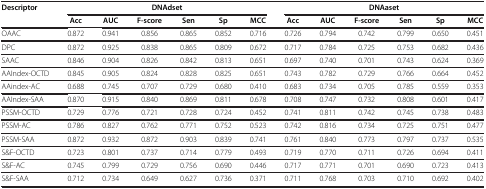
<table><thead><tr><td><b>Descriptor</b></td><td colspan="6"><b>DNAdset</b></td><td colspan="6"><b>DNAaset</b></td></tr><tr><td><b> </b></td><td><b>Acc</b></td><td><b>AUC</b></td><td><b>F-score</b></td><td><b>Sen</b></td><td><b>Sp</b></td><td><b>MCC</b></td><td><b>Acc</b></td><td><b>AUC</b></td><td><b>F-score</b></td><td><b>Sen</b></td><td><b>Sp</b></td><td><b>MCC</b></td></tr></thead><tbody><tr><td>OAAC</td><td>0.872</td><td>0.941</td><td>0.856</td><td>0.865</td><td>0.852</td><td>0.716</td><td>0.726</td><td>0.794</td><td>0.742</td><td>0.799</td><td>0.650</td><td>0.451</td></tr><tr><td>DPC</td><td>0.872</td><td>0.925</td><td>0.838</td><td>0.865</td><td>0.809</td><td>0.672</td><td>0.717</td><td>0.784</td><td>0.725</td><td>0.753</td><td>0.682</td><td>0.436</td></tr><tr><td>SAAC</td><td>0.846</td><td>0.904</td><td>0.826</td><td>0.842</td><td>0.813</td><td>0.651</td><td>0.697</td><td>0.740</td><td>0.701</td><td>0.743</td><td>0.624</td><td>0.369</td></tr><tr><td>AAIndex-OCTD</td><td>0.845</td><td>0.905</td><td>0.824</td><td>0.828</td><td>0.825</td><td>0.651</td><td>0.743</td><td>0.782</td><td>0.729</td><td>0.766</td><td>0.664</td><td>0.452</td></tr><tr><td>AAindex-AC</td><td>0.688</td><td>0.745</td><td>0.707</td><td>0.729</td><td>0.680</td><td>0.410</td><td>0.683</td><td>0.734</td><td>0.705</td><td>0.785</td><td>0.559</td><td>0.353</td></tr><tr><td>AAIndex-SAA</td><td>0.870</td><td>0.915</td><td>0.840</td><td>0.869</td><td>0.811</td><td>0.678</td><td>0.708</td><td>0.747</td><td>0.732</td><td>0.808</td><td>0.601</td><td>0.417</td></tr><tr><td>PSSM-OCTD</td><td>0.729</td><td>0.776</td><td>0.721</td><td>0.728</td><td>0.724</td><td>0.452</td><td>0.741</td><td>0.811</td><td>0.742</td><td>0.745</td><td>0.738</td><td>0.483</td></tr><tr><td>PSSM-AC</td><td>0.786</td><td>0.827</td><td>0.762</td><td>0.771</td><td>0.752</td><td>0.523</td><td>0.742</td><td>0.816</td><td>0.734</td><td>0.725</td><td>0.751</td><td>0.477</td></tr><tr><td>PSSM-SAA</td><td>0.872</td><td>0.932</td><td>0.872</td><td>0.903</td><td>0.839</td><td>0.741</td><td>0.761</td><td>0.840</td><td>0.773</td><td>0.797</td><td>0.737</td><td>0.535</td></tr><tr><td>S&amp;F-OCTD</td><td>0.723</td><td>0.801</td><td>0.737</td><td>0.714</td><td>0.779</td><td>0.493</td><td>0.719</td><td>0.770</td><td>0.711</td><td>0.726</td><td>0.694</td><td>0.411</td></tr><tr><td>S&amp;F-AC</td><td>0.745</td><td>0.799</td><td>0.729</td><td>0.756</td><td>0.690</td><td>0.446</td><td>0.717</td><td>0.771</td><td>0.701</td><td>0.690</td><td>0.723</td><td>0.413</td></tr><tr><td>S&amp;F-SAA</td><td>0.712</td><td>0.734</td><td>0.649</td><td>0.627</td><td>0.736</td><td>0.371</td><td>0.711</td><td>0.768</td><td>0.703</td><td>0.710</td><td>0.692</td><td>0.402</td></tr></tbody></table>